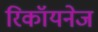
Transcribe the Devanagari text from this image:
रिकॉयनेज